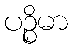
ပဉ္စိမာ